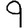
Digit: 9